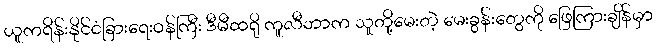
ယူကရိန်းနိုင်ငံခြားရေးဝန်ကြီး ဒီမီထရို ကူလီဘာက သူတို့မေးတဲ့ မေးခွန်းတွေကို ဖြေကြားချိန်မှာ